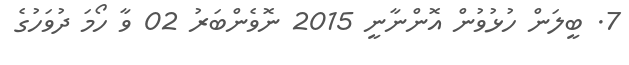
7. ބީލަން ހުޅުވުން އޮންނާނީ 2015 ނޮވެންބަރު 02 ވާ ހޯމަ ދުވަހުގެ